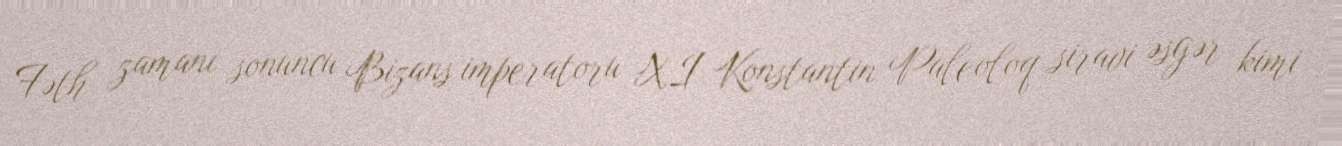
Fəth zamanı sonuncu Bizans imperatoru XI Konstantin Paleoloq siravi əsgər kimi